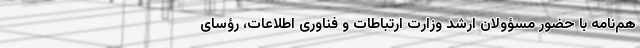
هم‌نامه با حضور مسؤولان ارشد وزارت ارتباطات و فناوری اطلاعات، رؤسای